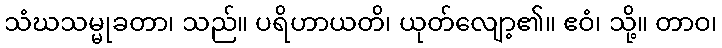
သံဃသမ္မုခတာ၊ သည်။ ပရိဟာယတိ၊ ယုတ်လျော့၏။ ဧဝံ၊ သို့။ တာဝ၊